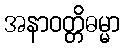
အနာဝတ္တိဓမ္မာ